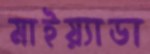
মাইয়্যাডা